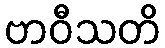
ဗာဝီသတိ